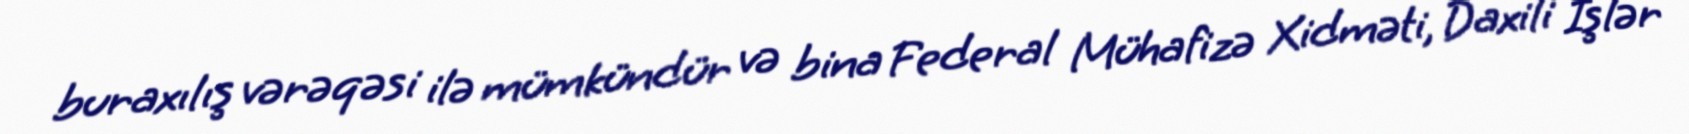
buraxılış vərəqəsi ilə mümkündür və bina Federal Mühafizə Xidməti, Daxili İşlər